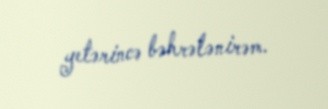
yetərincə bəhrələnirəm.